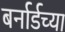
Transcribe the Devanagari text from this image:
बर्नार्डच्या